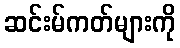
ဆင်းမ်ကတ်များကို